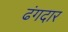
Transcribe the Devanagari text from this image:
ढंगदार